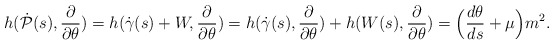
\begin{align*}h(\dot{\mathcal P}(s),\frac{\partial}{\partial \theta})=h(\dot{\gamma}(s)+W,\frac{\partial}{\partial \theta})=h(\dot{\gamma}(s),\frac{\partial}{\partial \theta})+h(W(s),\frac{\partial}{\partial \theta})=\Bigl(\frac{d\theta}{ds}+\mu\Bigr)m^2.\end{align*}